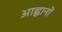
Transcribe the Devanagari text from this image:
आह्वानों